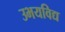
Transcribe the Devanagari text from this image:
उभयविद्य